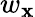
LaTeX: w_{\mathbf{x}}